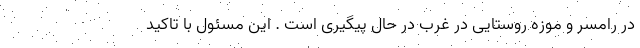
در رامسر و موزه روستایی در غرب در حال پیگیری است . این مسئول با تاکید